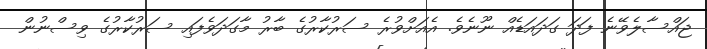
ޖައްސާލެވޭނެ ފަދަ ގަދައަޑެއް ނޫނެވެ. އެއަށްވުރެ ސަރުކާރުގެ ބާރު މާގަދަވެފައި ސަރުކާރުގެ ވިސްނުން